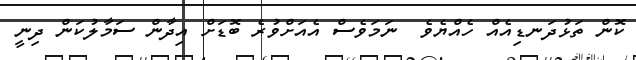
ކޮން ތަޅުދަނޑިއެއް ހެއްޔެވެ  ނަމަވެސް އެއަށްވުރެ ބޮޑަށް އިދާން ސަމާލުކަން ދިނީ